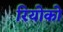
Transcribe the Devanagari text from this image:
रियोको